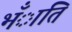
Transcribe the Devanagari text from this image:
भँाति